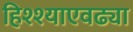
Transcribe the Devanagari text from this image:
हिश्श्याएवढ्या